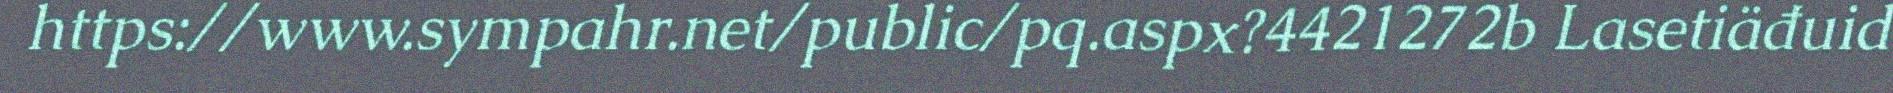
https://www.sympahr.net/public/pq.aspx?4421272b Lasetiäđuid